Bréfritari: Gunnlaugur Oddsson
Dagsetning: A-1892-10-17
Skrifað á: Glasgow, Skotlandi

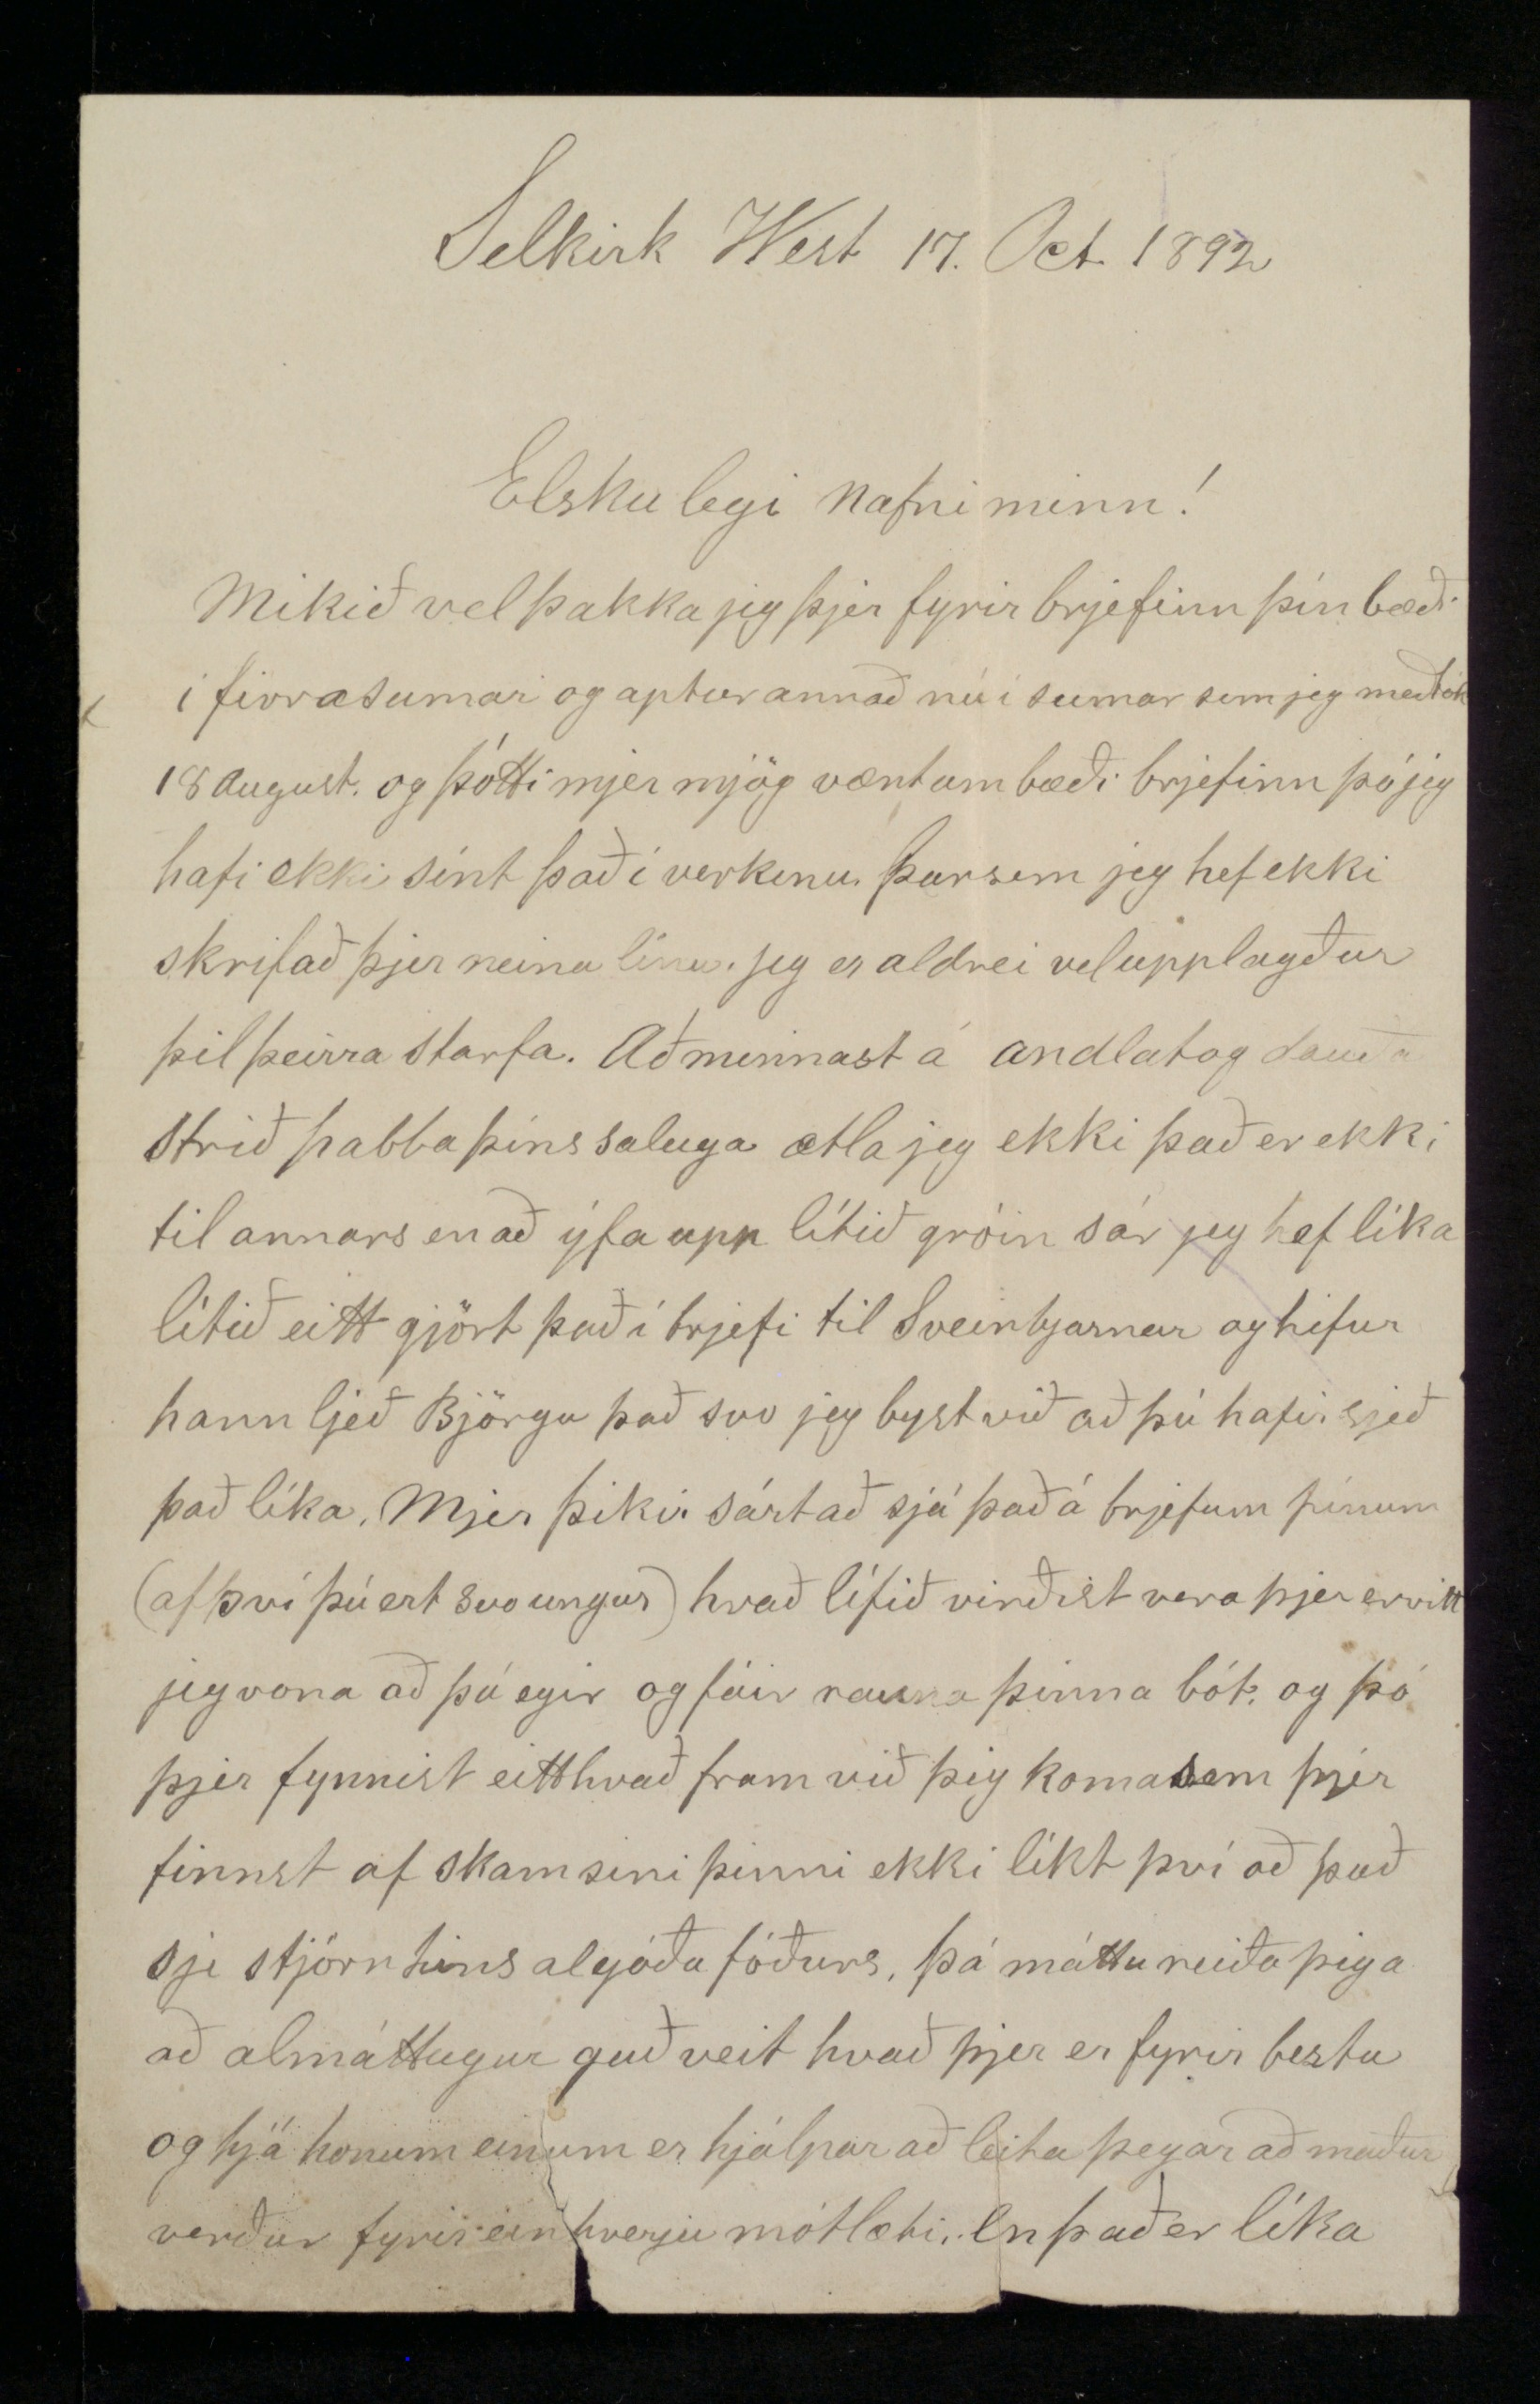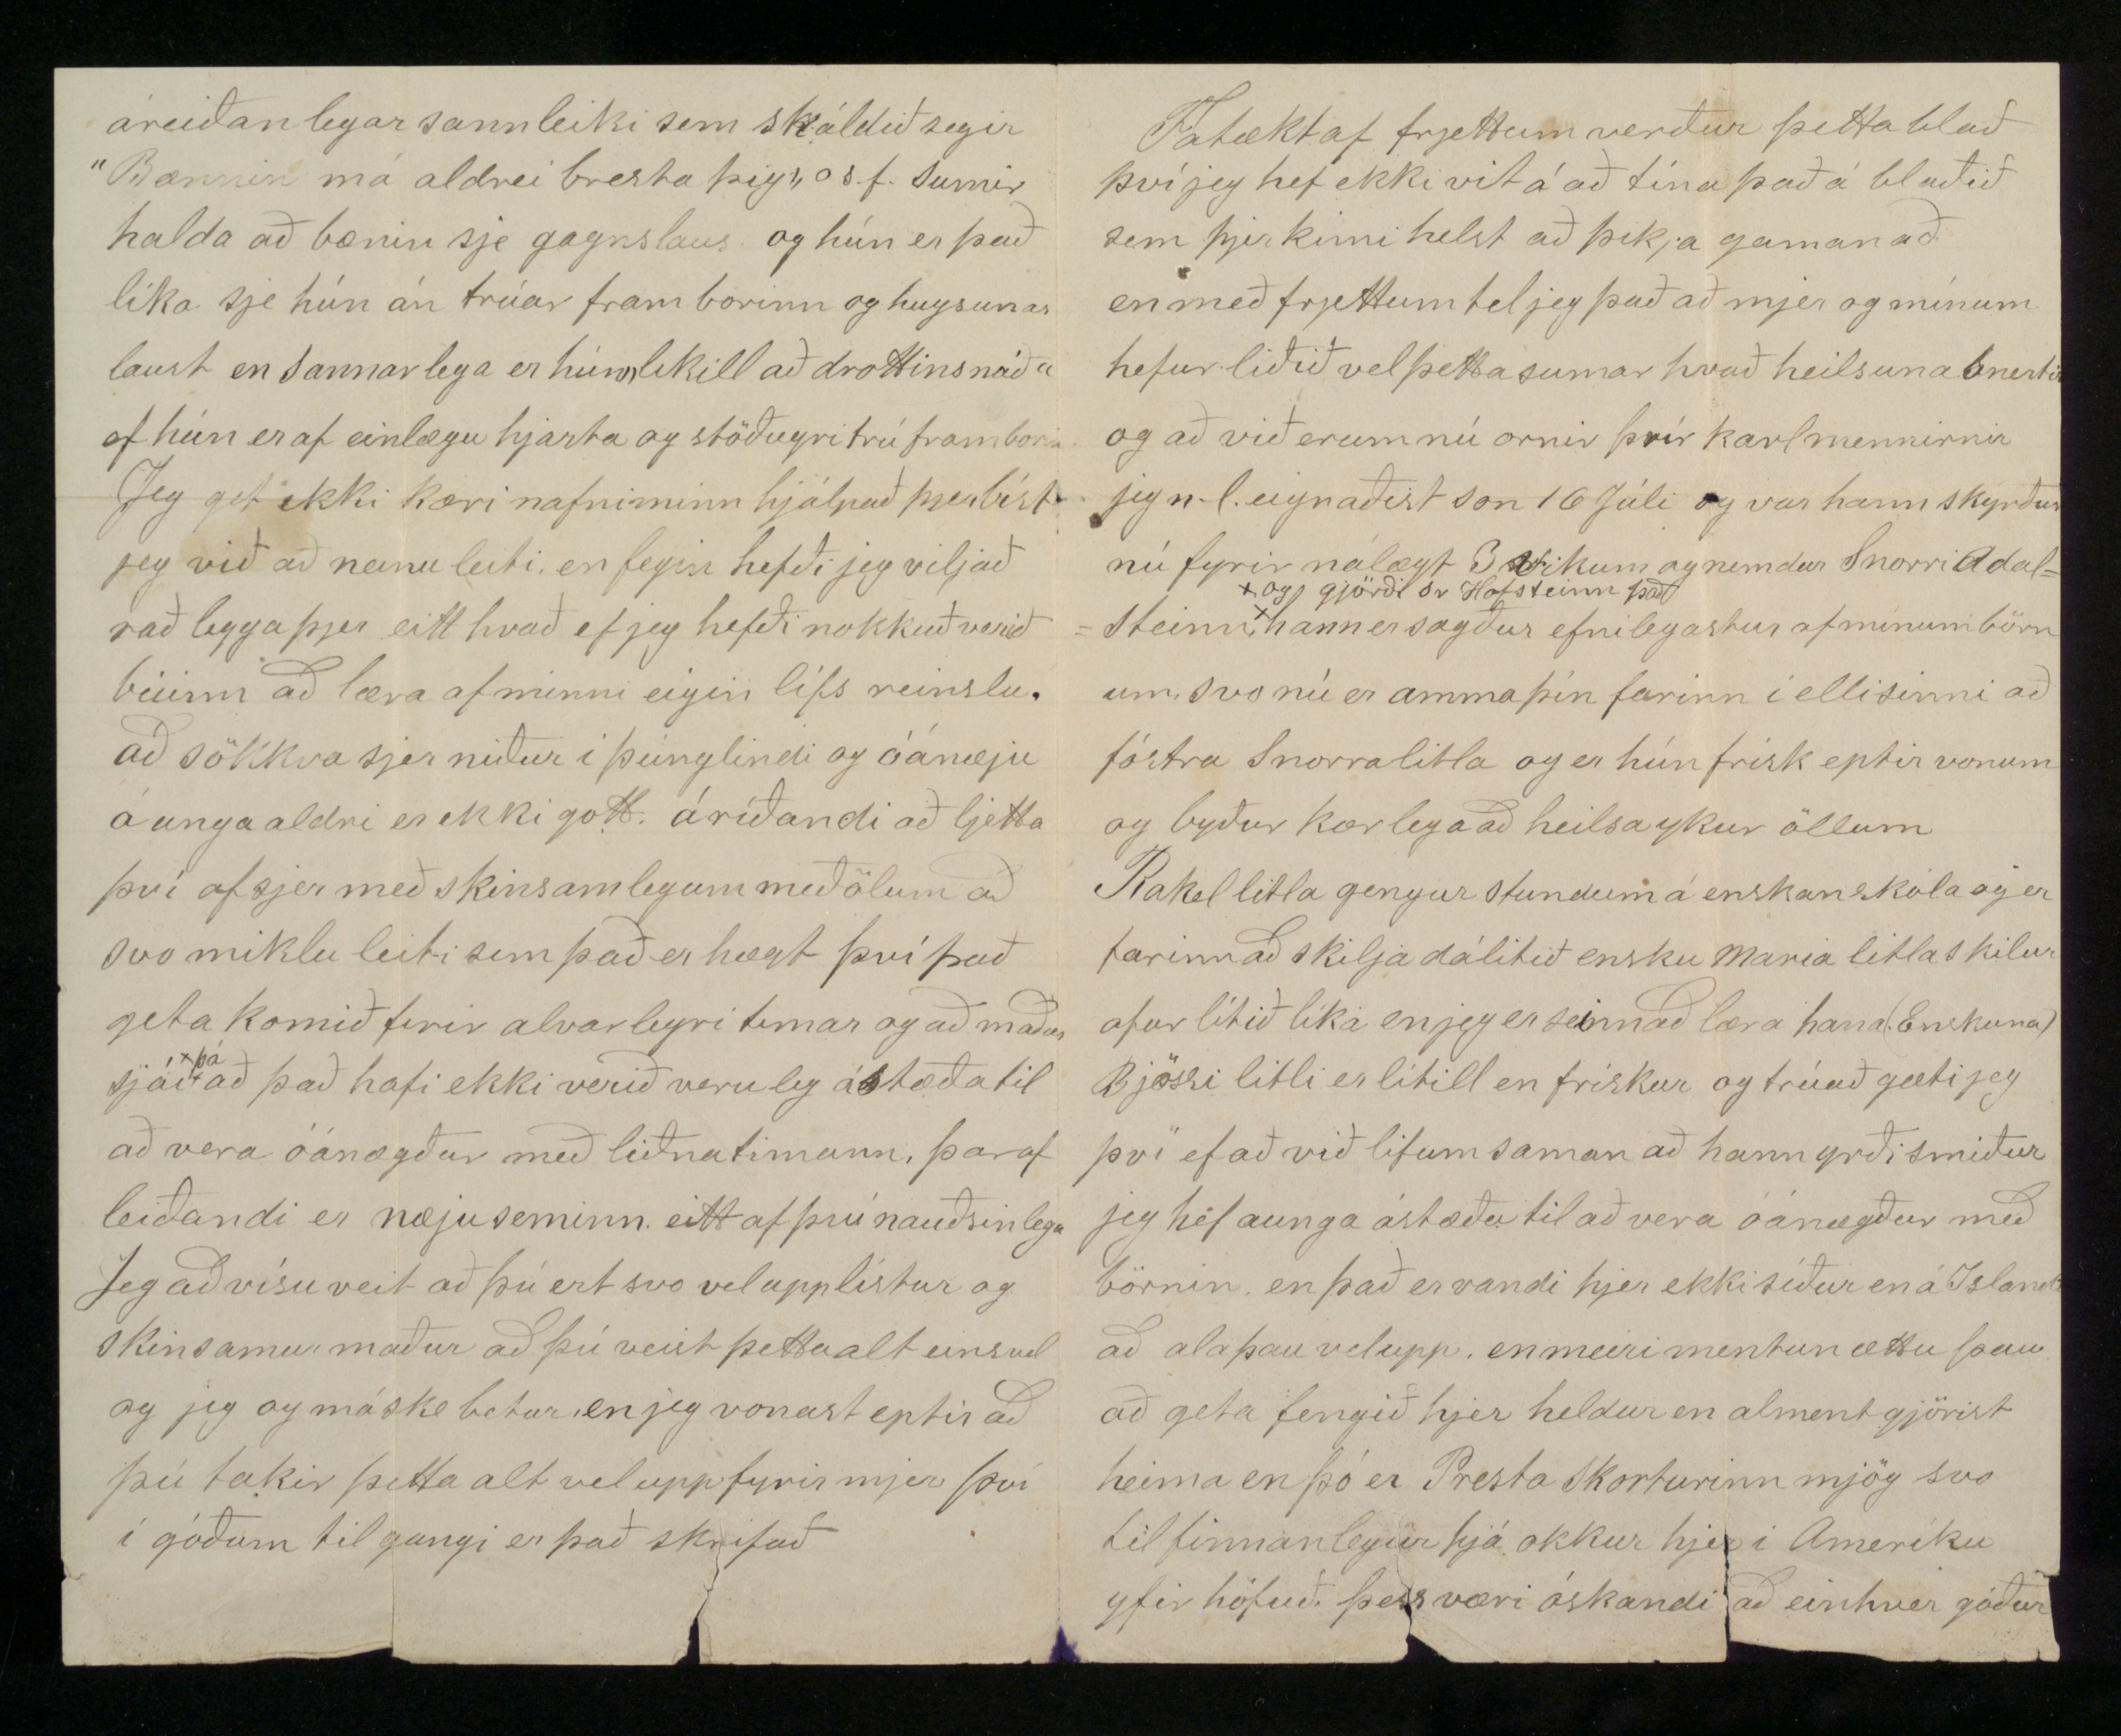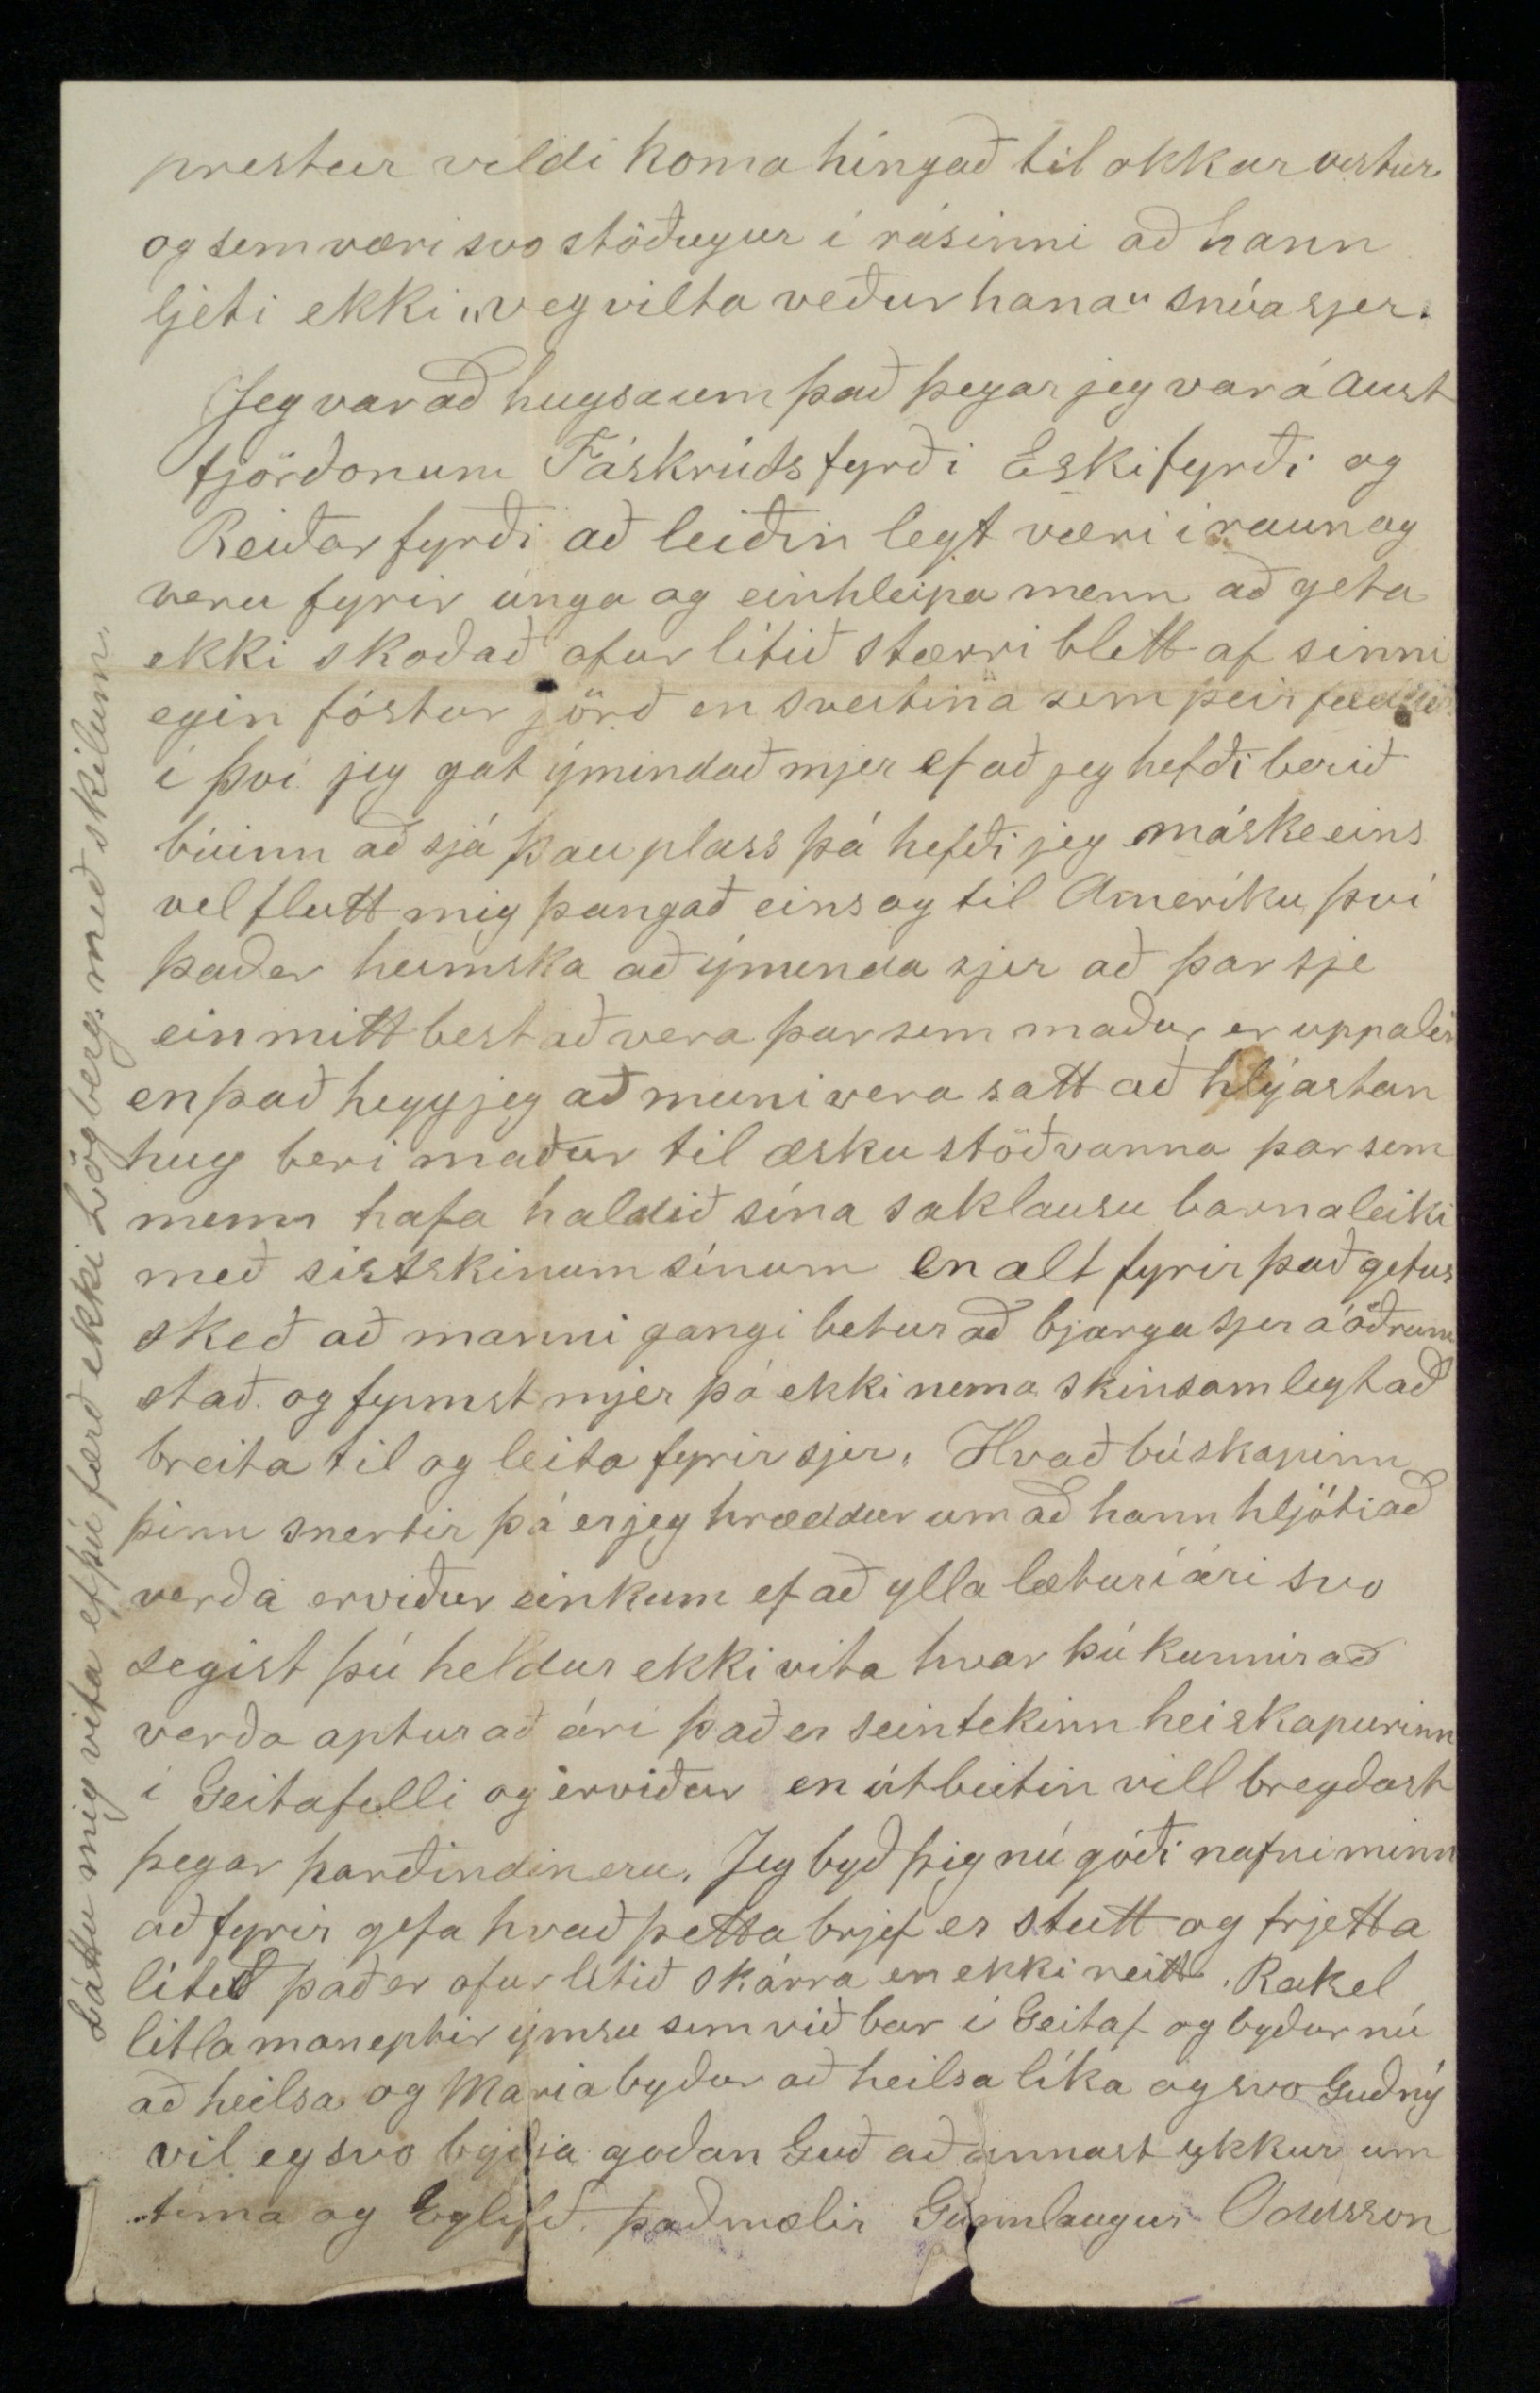

Selkirk West 17. Oct. 1892
Elskulegi nafni minn!
Mikið vel þakka jeg þjer fyrir brjefinn þín bæði í firra sumar og aptur annað nú í sumar sem jeg meðtók 18 August og þótti mjer mjög vænt um bæði brjefinn þó jeg hafi ekki sínt það í verkinu þar sem jeg hef ekki skrifað þjer neina línu. Jeg er aldrei vel upplagður þil þeirra Starfa. Að minnast á andlat og Strið pabba þíns saluga ætla jeg ekki það er ekki til annars en að ýfa upp lítið gróin sár jeg hef líka lítið eitt gjört það í brjefi til Sveinbjarnar og hefur hann ljeð Björgu það svo jeg byst við að þú hafir sjeð það líka. Mjer þikir sárt að sjá það á brjefum þínum (af því þú ert svo ungur) hvað lífið virðist vera þjer ervitt jeg vona að þú egir og fáir rauna þinna bót og þó þjer fynnist eitthvað fram við þig koma sem þjer finnst af skamsíni þinni ekki líkt því að það sje stjórn hins algóða föðurs, þá máttu reiða þig á að almáttugur guð veit hvað þjer er fyrir bestu og hjá honum einum er hjálpar að leita þegar að maður verður fyrir einhverju mótlæti. En það er líka
áreiðanlegar sannleiki sem skáldið segir "Bænnin má aldrei bresta þig„ o s.f. sumir halda að bænin sje gagnslaus og hún er það líka sje hún án trúar fram borinn og hugsunar laust en Sannarlega er hún likill að drottins náð ef hún er af einlægu hjarta og stöðugri trú framborin. Jeg get ekki kæri nafni minn hjálpað þjer bíst jeg við að neinu leiti en fegin hefði jeg viljað rað legga þjer eitt hvað ef jeg hefði nokkuð verið búinn að læra af minni eigin líf reinslu. að sökkva sjer niður í þúnglindi og óánæju á unga aldri er ekki gott. áríðandi að ljetta því af sjer með skinsamlegum meðölum að svo miklu leiti sem það er hægt því það geta komið fyrir alvarlegri timar og að maður sjái
þá
að það hafi ekki verið veruleg ástæða til að vera óánægður með liðna tímann, þar af leiðandi er næjuseminn eitt af því nauðsinlega Jeg að vísu veit að þú ert svo vel upplístur og skinsamur maður að þú veist þetta alt eins vel og jeg og máske betur en jeg vonast eptir að þú takir þetta alt vel upp fyrir mjer því í góðum tilgangi er það skrifað
Fátækt af frjettum verður þetta blað því jeg hef ekki vit á að tína það á blaðið sem þjer kini helst að þija gaman að en með frjettum tel jeg það að mjer og mínum hefur liðið vel þetta sumar hvað heilsuna snertir og að við erum nú ornir þrír karlmennirnir jeg n.l. eignaðist son 16 Júlí og var hann skýrður nú fyrir nálægt 3 vikum og nemdur Snorri Aðalsteinn
og gjörði sr Hafsteinn það
hann er sagður efnilegastur af mínum börnum svo nú er amma þín farinn í elli sinni að fóstra Snorra litla og er hún frísk eptir vonum og byður kærlega að heilsa ykur öllum
Rakel litla gengur stundum á enskan skóla og er farinn að skilja dálítið ensku Maria litla skilur ofur lítið líka en jeg er seinn að læra hana (Enskuna) Bjössi litli er lítill en frískur og trúað gæti jeg því ef að við lifum saman að hann yrði smiður jeg hef aunga ástæðu til að vera óánægður með börnin en það er vandi hjer ekki síður en á Islandi að ala þau vel upp. en meiri mentun ættu þau að geta fengið hjer heldur en alment gjörist heima en þó er Presta skorturinn mjög svo til finnanlegur hjá okkur hjer í Ameríku yfir höfuð þess væri óskandi að einhver góður
prestur vildi koma hingað til okkar vestur og sem væri svo stöðugur í rásinni að hann ljeti ekki „veg vilta veður hana" snúa sjer.
Jeg var að hugsa um það þegar jeg var á Austfjörðonum Fáskrúðsfyrði Eskifyrði og Reiðarfyrði að leiðinlegt væri í raun og veru fyrir unga og einhleipa menn að geta ekki skoðað ofur lítið stærri blett af sinni egin fóstur jörð en sveitina sem þeir fæddust í því jeg gat ýmindað mjer ef að jeg hefði verið búinn að sjá þau plass þá hefði jeg máske eins vel flutt mig þangað eins og til Ameríku því það er heimska að ýminda sjer að þar sje einmitt best að vera þar sem maður er uppalin en það higg jeg að muni vera satt að hlýastan hug beri maður til æsku stöðvanna þar sem menn hafa haldið sína saklausu barnaleiki með sistkinum sínum en alt fyrir það getur skeð að manni gangi betur að bjarga sjer á öðrum stað og fynnst mjer þá ekki nema skinsamlegt að breita til og leita fyrir sjer. Hvað búskapinn þinn snertir þá er jeg hræddur um að hann hljóti að verða erviður einkum ef að ylla lætur í ári svo segist þú heldur ekki vita hvar þú kunnir að verða aptur að ári það er seintekinn heiskapurinn í Geitafelli og erviður en útbeitin vill bregðast þegar harðindin eru. Jeg byð þig nú góði nafni minn að fyrir gefa hvað þetta brjef er stutt og frjetta lítið það er ofur lítið skárra en ekki neitt. Rakel litla man eptir ýmsu sem við bar í Geitaf og byður nú að heils og Maria byður að heilsa líka og svo Guðný vil eg svo byðja goðan Guð að annast ykkur um tíma og Eylífð. það mælir Gunnlaugur Oddsson
Láttu mig vita ef þú færð ekki Lögberg með skilum.